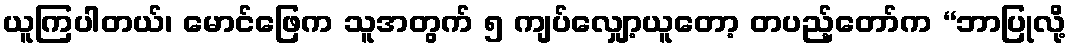
ယူကြပါတယ်၊ မောင်ဖြေက သူအတွက် ၅ ကျပ်လျှော့ယူတော့ တပည့်တော်က “ဘာပြုလို့